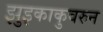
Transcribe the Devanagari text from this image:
झुइकाकुवरुन